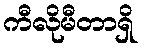
ကီလိုမီတာရှိ